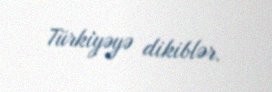
Türkiyəyə dikiblər.